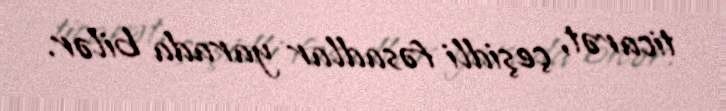
ticarət, çeşidli fəsadlar yarada bilər.